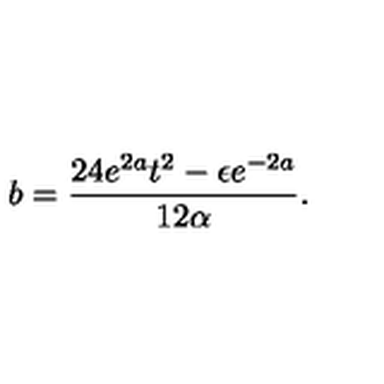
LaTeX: b = \frac { 2 4 e ^ { 2 a } t ^ { 2 } - \epsilon e ^ { - 2 a } } { 1 2 \alpha } .